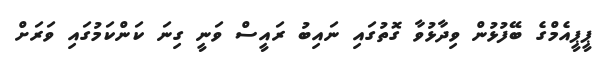
ޕީޕީއެމްގެ ބޭފުޅުން ވިދާޅުވާ ގޮތުގައި ނައިބު ރައީސް ވަނީ ގިނަ ކަންކަމުގައި ވަރަށް